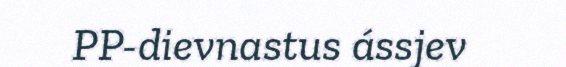
PP-dievnastus ássjev